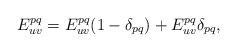
LaTeX: \begin{gather*}E^{pq}_{uv}=E^{pq}_{uv}(1-\delta_{pq})+E^{pq}_{uv}\delta_{pq},\end{gather*}